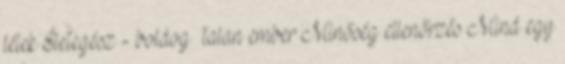
lélek Életegész - boldog talan ember Minőség ellenőrzés Mind egy